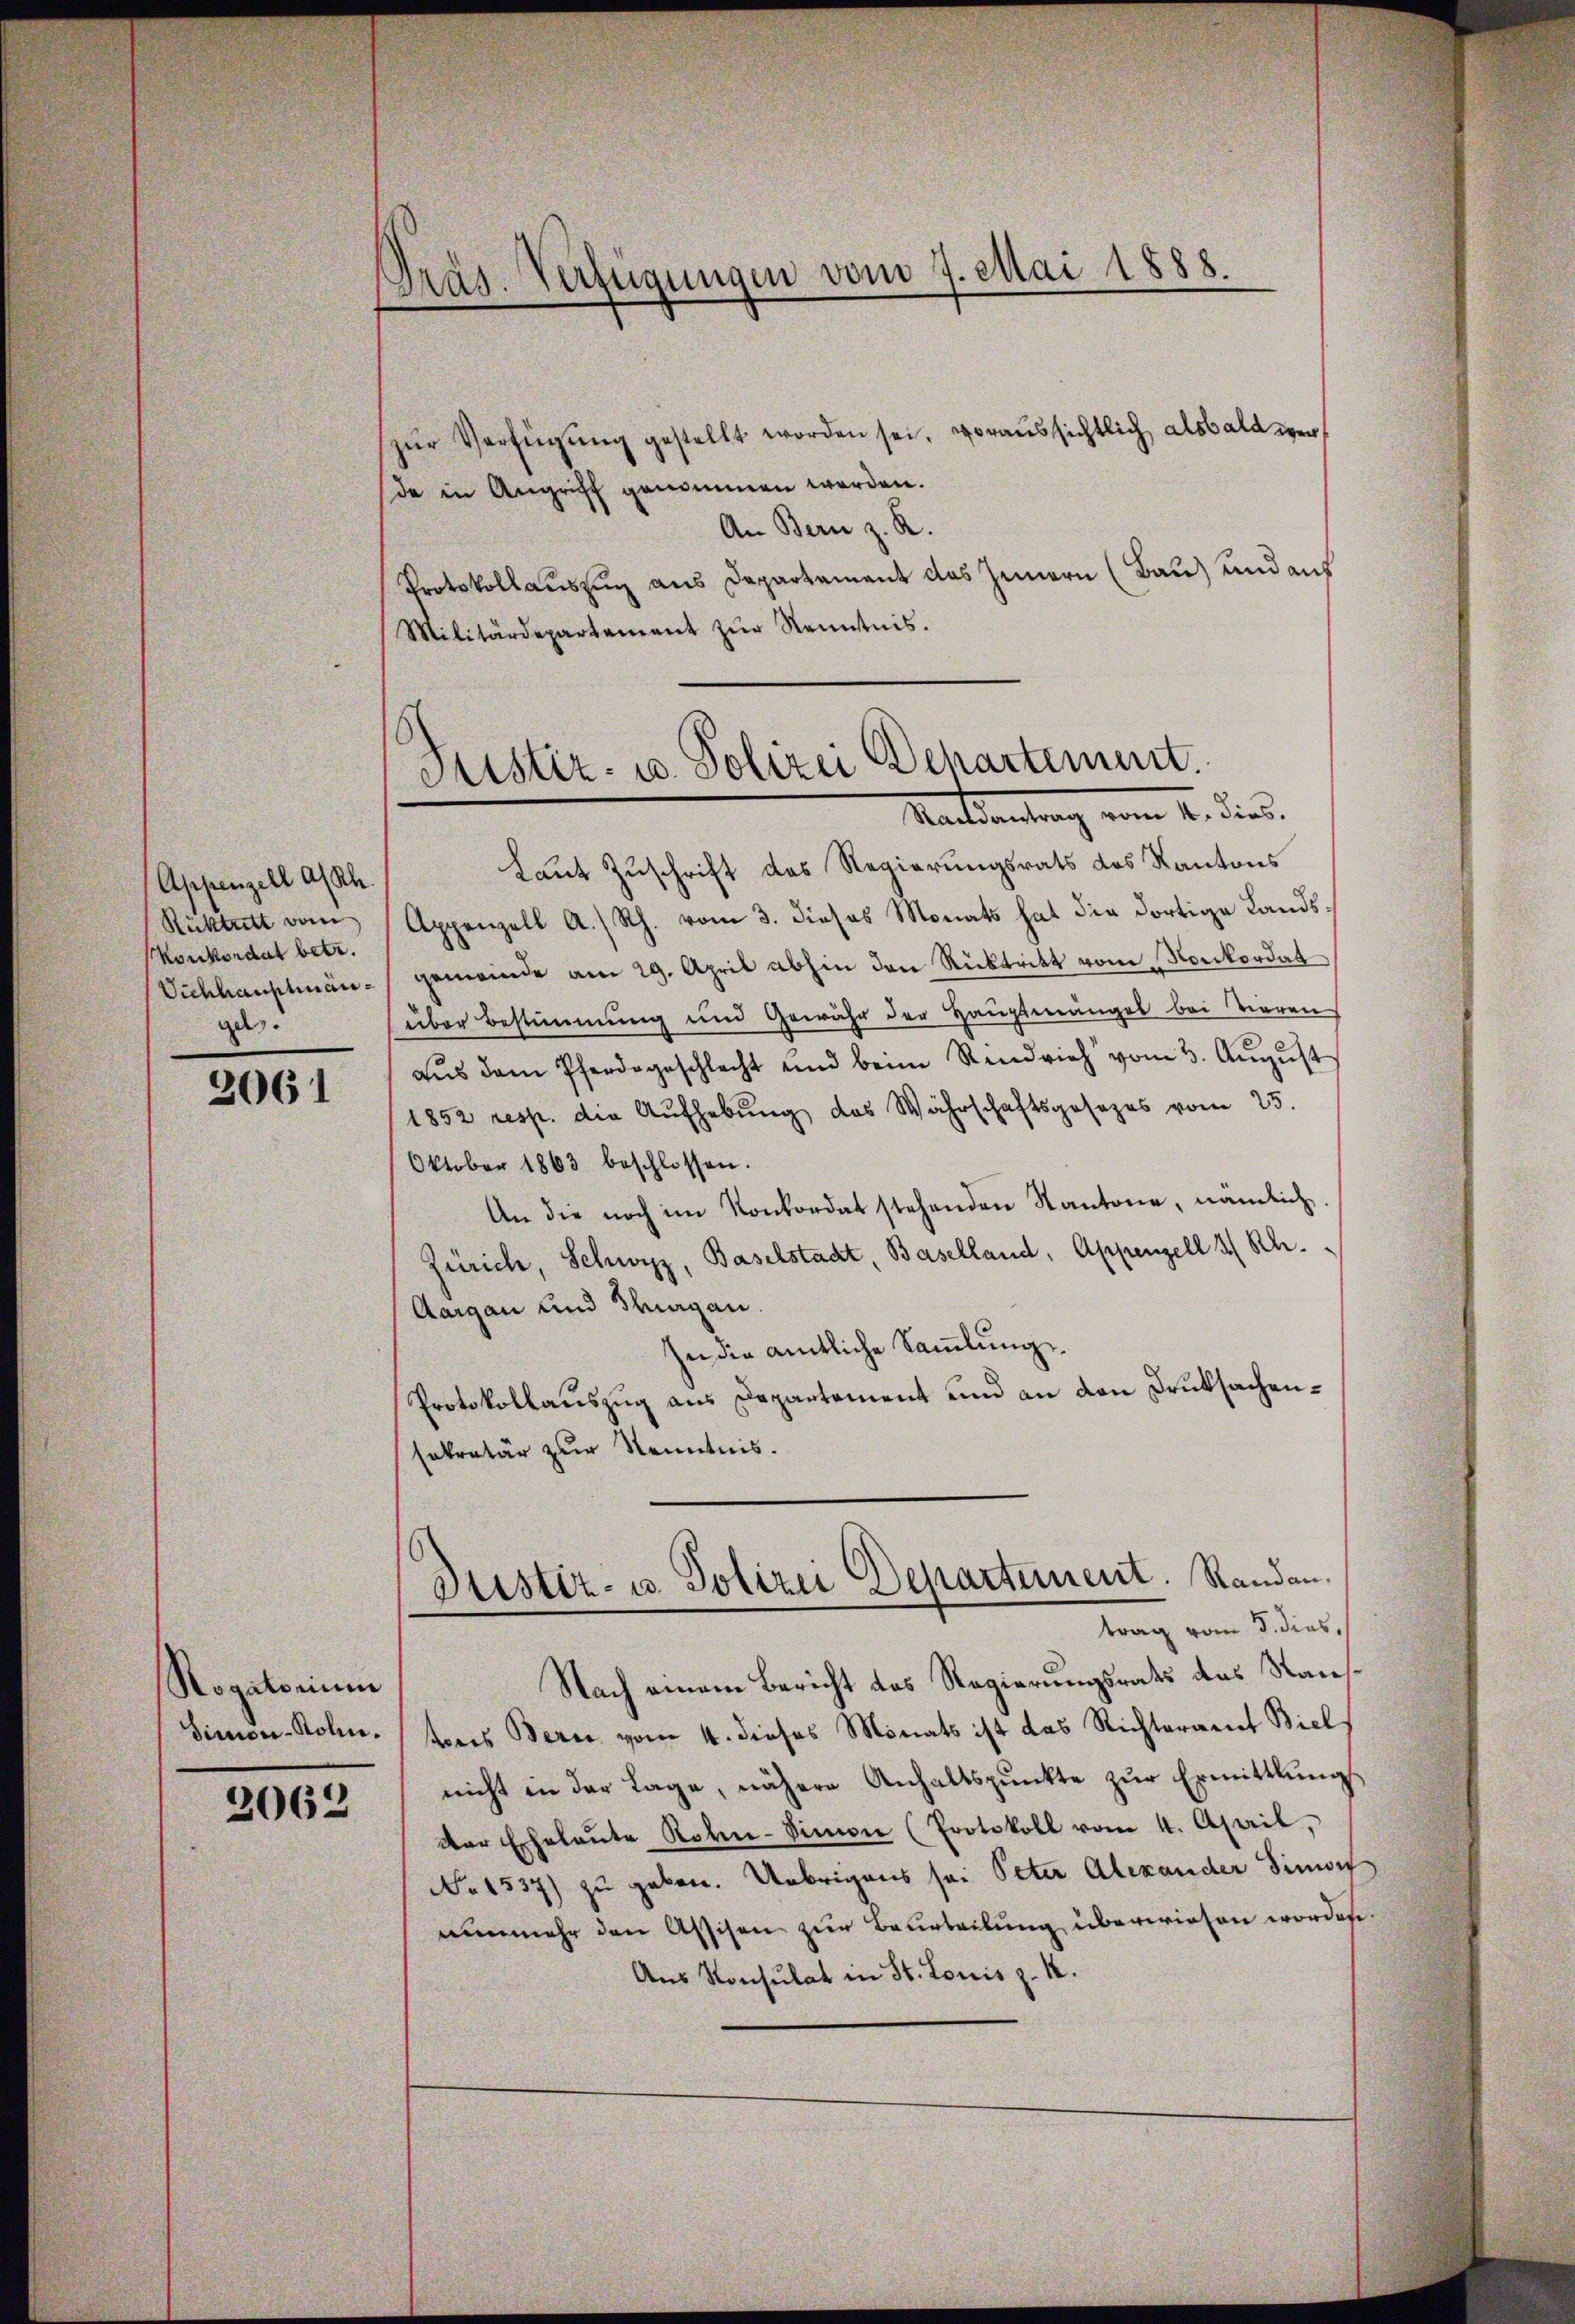
Appenzell a/Rh.
Rücktritt vom
Konkordat betr.
Vichhauptmange

2061

Rogatorium
Simon-Rolin.

2062

Präs. Verfügungen vom 7. Mai 1888.

zŭr Verfügŭng gestellt worden sei, voraussichtlich alsbald werde in Angriff genommen werden.
An Bern z. R.
Protokollauszug aus Departement das Jennern (Bau) und aus
Militärdepartement zŭr Kenntnis.

Justiz- u. Polizei Departement.
Randantrag vom 4. dies.

Laut Zuschrift des Regierungsrats des Kantons
Appenzell A. Rh. vom 3. dieses Monats hat die dortige Landsgemeinde am 29. April abhin den Rücktritt vom Konkordat
über Bestimmung und Gewähr der Hauptmängel bei Tieren
aus dem Pferdegeschlecht und beim Rindvieh vom 3. August
1852 resp. die Aufhebung des Wahrschaftsgesezes vom 25.
Oktober 1863 beschlossen.
An die noch im Konkordat stehenden Kantone, nämlich,
Zürich, Schwyz, Baselstadt, Baselland, Appenzell 3 Sch.
Aargau und Thurgau.
In die amtliche Sammlungs¬
Protokollauszug aus Departement und an den Druksachensekretär zur Kenntnis.

Nach einem Bericht des Regierungsrats das Stantores Bern vom 4. dieses Monats ist das Richteramt Biel
nicht in der Lage, nähere Anhaltspunkte zur Ermittlungs
der Ehelaŭte Roten-Simon (Protokoll vom 4. April,
No 1537) zu geben. Übrigens sei Peter Alexander Sinner
nunmehr den Assisen zur Beurteilung überwiesen worden.
Aus Konsulat in St. Louis z. K.

Stistir- u. Polizei Departement. Randantrag vom 3. dies